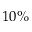
1 0 \%